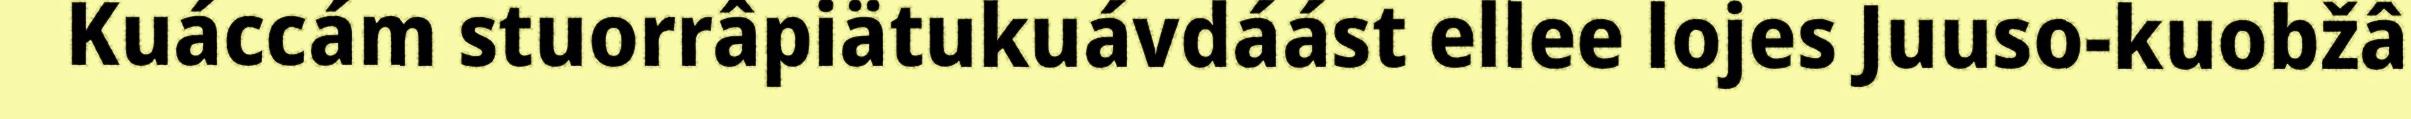
Kuáccám stuorrâpiätukuávdáást ellee lojes Juuso-kuobžâ